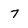
Character: 7